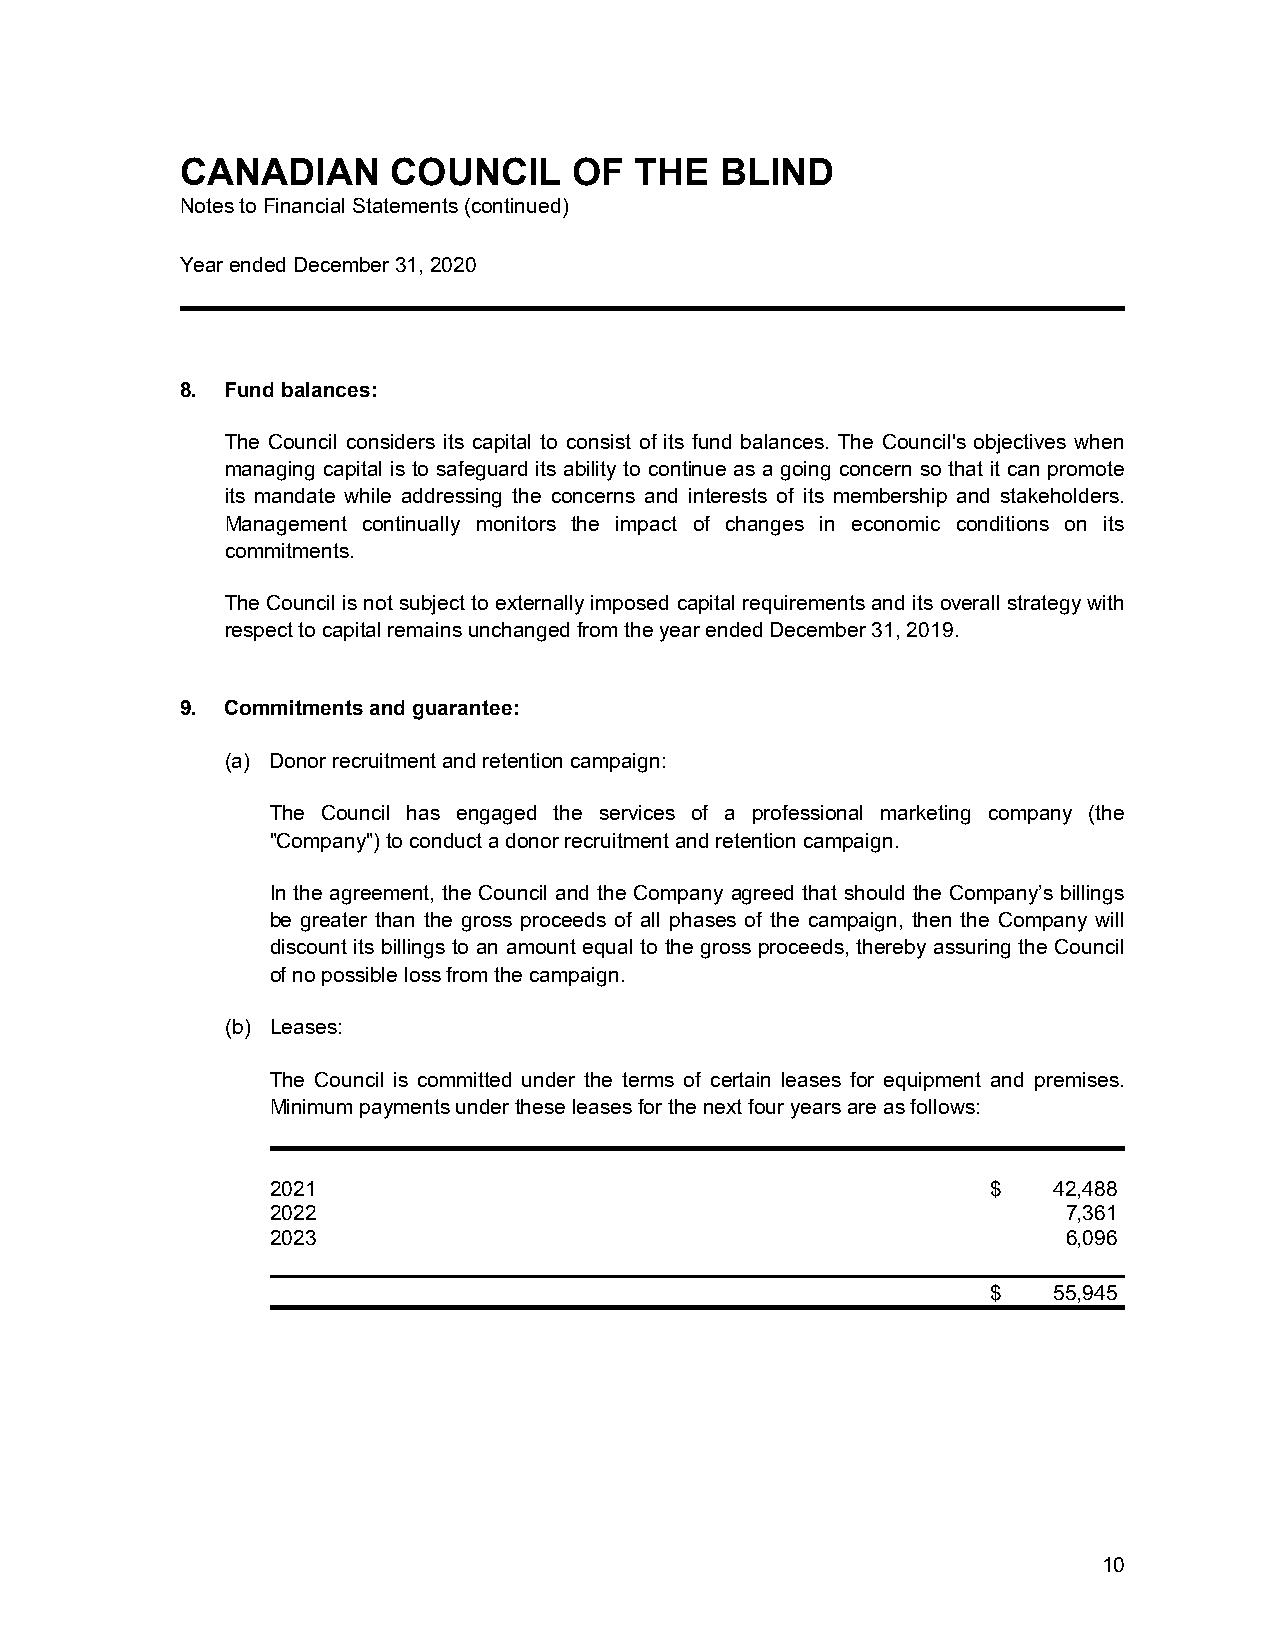
CANADIAN      COUNCIL     OF  THE   BLIND
 Notes to Financial Statements (continued)
 Year ended December 31, 2020
 8. Fund balances:
 The Council considers its capital to consist of its fund balances. The Council's objectives when
 managing capital is to safeguard its ability to continue as a going concern so that it can promote
 its mandate while addressing the concerns and interests of its membership and stakeholders.
 Management continually monitors the impact of changes in economic conditions on its
 commitments.
 The Council is not subject to externally imposed capital requirements and its overall strategy with
 respect to capital remains unchanged from the year ended December 31, 2019.
 9. Commitments and guarantee:
 (a) Donor recruitment and retention campaign:
 The Council has engaged the services of a professional marketing company (the
 "Company") to conduct a donor recruitment and retention campaign.
 In the agreement, the Council and the Company agreed that should the Company’s billings
 be greater than the gross proceeds of all phases of the campaign, then the Company will
 discount its billings to an amount equal to the gross proceeds, thereby assuring the Council
 of no possible loss from the campaign.
 (b) Leases:
 The Council is committed under the terms of certain leases for equipment and premises.
 Minimum payments under these leases for the next four years are as follows:
 2021                                            $   42,488
 2022                                                 7,361
 2023                                                 6,096
 $   55,945
 10